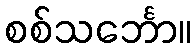
စစ်သင်္ဘော။